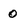
Character: 0